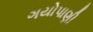
ગયોપાણી